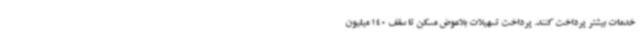
خدمات بیشتر پرداخت کنند. پرداخت تسهیلات بلاعوض مسکن تا سقف 140 میلیون